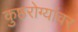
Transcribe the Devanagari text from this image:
कुष्ठरोग्यांवर